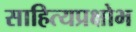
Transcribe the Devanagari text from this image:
साहित्यप्रक्षोभ